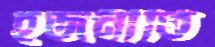
হজনীতি